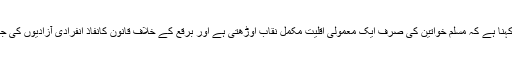
مخالفین کا یہ بھی کہنا ہے کہ مسلم خواتین کی صرف ایک معمولی اقلیت مکمل نقاب اوڑھتی ہے اور برقع کے خلاف قانون کانفاذ انفرادی آزادیوں کی جانب ایک قدم ہو گا۔